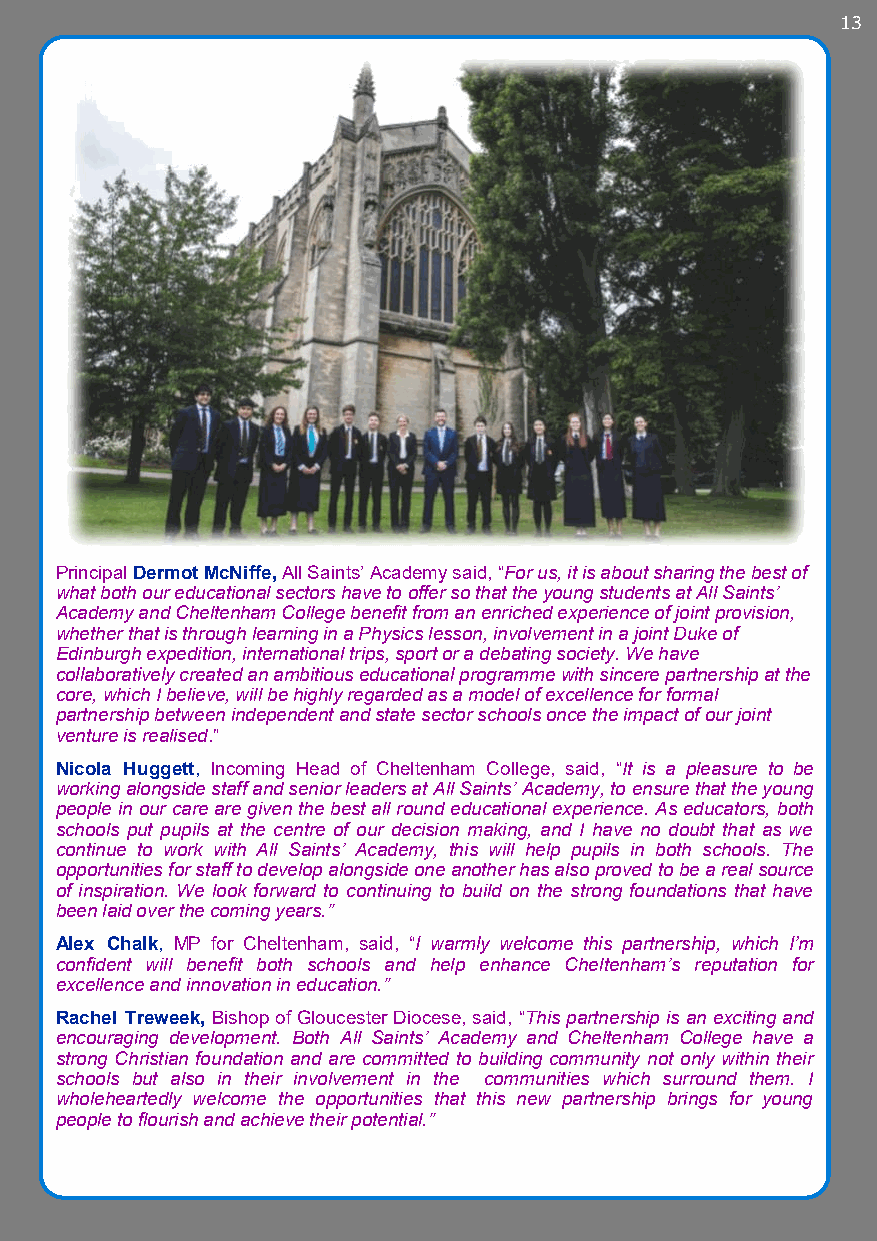
13
 Principal Dermot McNiffe, All Saints’ Academy said, “For us, it is about sharing the best of
 what both our educational sectors have to offer so that the young students at All Saints’
 Academy and Cheltenham College benefit from an enriched experience of joint provision,
 whether that is through learning in a Physics lesson, involvement in a joint Duke of
 Edinburgh expedition, international trips, sport or a debating society. We have
 collaboratively created an ambitious educational programme with sincere partnership at the
 core, which I believe, will be highly regarded as a model of excellence for formal
 partnership between independent and state sector schools once the impact of our joint
 venture is realised.”
 Nicola Huggett, Incoming Head of Cheltenham College, said, “It is a pleasure to be
 working alongside staff and senior leaders at All Saints’ Academy, to ensure that the young
 people in our care are given the best all round educational experience. As educators, both
 schools put pupils at the centre of our decision making, and I have no doubt that as we
 continue to work with All Saints’ Academy, this will help pupils in both schools. The
 opportunities for staff to develop alongside one another has also proved to be a real source
 of inspiration. We look forward to continuing to build on the strong foundations that have
 been laid over the coming years.”
 Alex Chalk, MP for Cheltenham, said, “I warmly welcome this partnership, which I’m
 confident will benefit both schools and help enhance Cheltenham’s reputation for
 excellence and innovation in education.”
 Rachel Treweek, Bishop of Gloucester Diocese, said, “This partnership is an exciting and
 encouraging development. Both All Saints’ Academy and Cheltenham College have a
 strong Christian foundation and are committed to building community not only within their
 schools but also in their involvement in the communities which surround them. I
 wholeheartedly welcome the opportunities that this new partnership brings for young
 people to flourish and achieve their potential.”